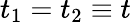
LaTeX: t_{1}=t_{2}\equiv t